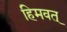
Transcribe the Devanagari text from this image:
हिमवत्